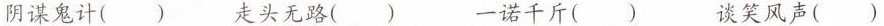
并改正。阴谋鬼计( ) 走头无路( ) 一诺千斤( ) 谈笑风声( )